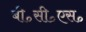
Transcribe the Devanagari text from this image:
बी॰सी॰एस॰